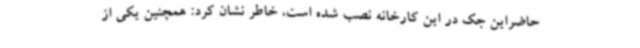
حاضراین جک در این کارخانه نصب شده است، خاطر نشان کرد: همچنین یکی از